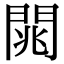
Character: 𨴡